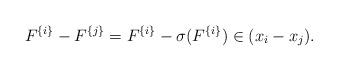
LaTeX: \begin{align*} F^{\{i\}}-F^{\{j\}}=F^{\{i\}}-\sigma(F^{\{i\}}) \in (x_{i}-x_{j}).\end{align*}